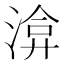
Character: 渰